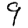
Digit: 9